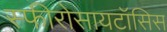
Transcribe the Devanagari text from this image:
स्फीरोसायटॉसिस